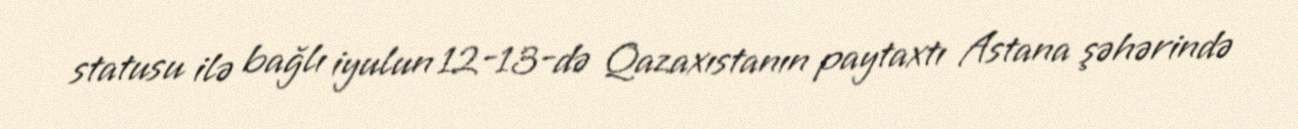
statusu ilə bağlı iyulun 12-13-də Qazaxıstanın paytaxtı Astana şəhərində